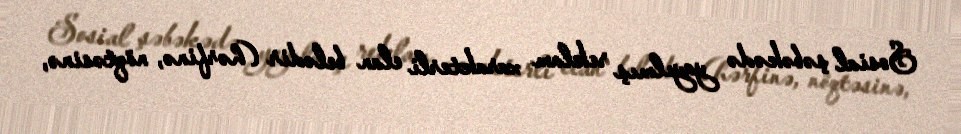
Sosial şəbəkədə yayılmış reklam xarakterli elan belədir (hərfinə, nöqtəsinə,